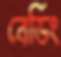
বের্ডিং